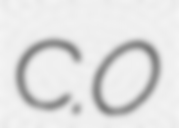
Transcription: C.O